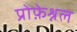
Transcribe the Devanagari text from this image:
प्रोफ़ेश्नल